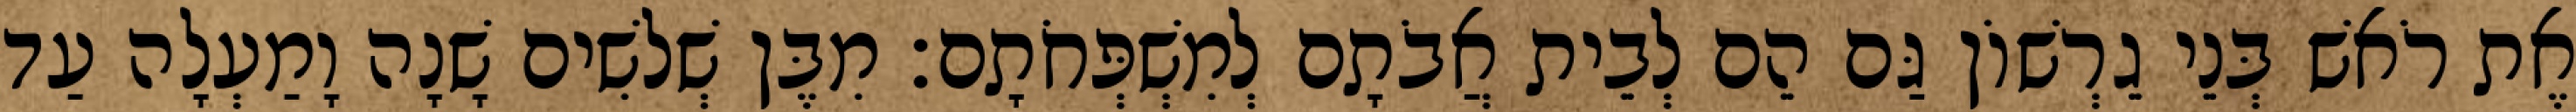
אֶת רֹאשׁ בְּנֵי גֵרְשׁוֹן גַּם הֵם לְבֵית אֲבֹתָם לְמִשְׁפְּחֹתָם׃ מִבֶּן שְׁלשִׁים שָׁנָה וָמַעְלָה עַד